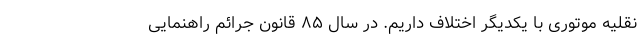
نقلیه موتوری با یکدیگر اختلاف داریم. در سال ۸۵ قانون جرائم راهنمایی